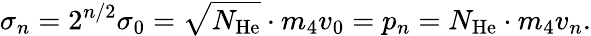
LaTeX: \sigma_{n}=2^{n/2}\sigma_{0}=\sqrt{N_{\mathrm{He}}}\cdot m_{4}v_{0}=p_{n}=N_{\mathrm{He}}\cdot m_{4}v_{n}.